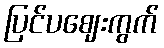
ပြင်ပဈေးကွက်